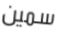
سمين